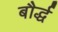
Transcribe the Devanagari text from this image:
बौर्द्ध